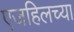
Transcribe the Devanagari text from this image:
एजहिलच्या